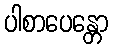
ပါစာပေန္တော